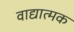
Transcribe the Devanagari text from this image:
वाद्यात्मक